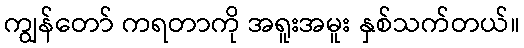
ကျွန်တော် ကရတာကို အရူးအမူး နှစ်သက်တယ်။